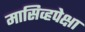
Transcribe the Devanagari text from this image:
मासिव्हपेक्षा